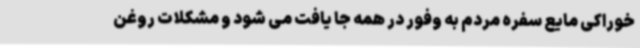
خوراکی مایع سفره مردم به وفور در همه جا یافت می شود و مشکلات روغن